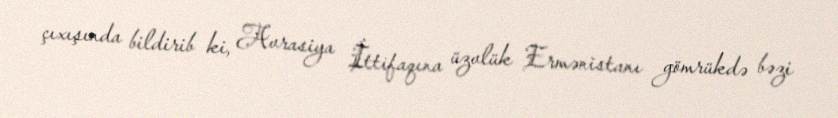
çıxışında bildirib ki, Avrasiya İttifaqına üzvlük Ermənistanı gömrükdə bəzi